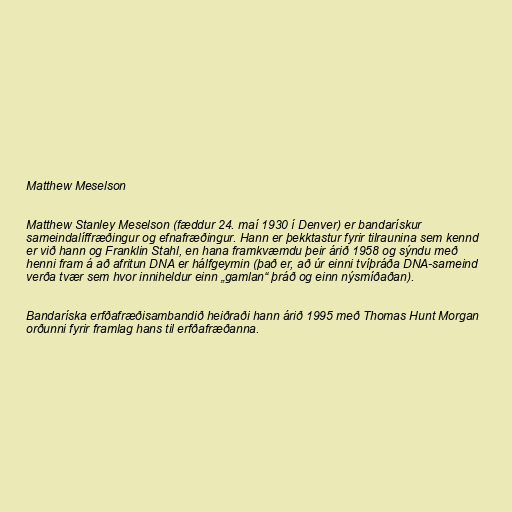
Matthew Meselson

Matthew Stanley Meselson (fæddur 24. maí 1930 í Denver) er bandarískur
sameindalíffræðingur og efnafræðingur. Hann er þekktastur fyrir tilraunina sem kennd
er við hann og Franklin Stahl, en hana framkvæmdu þeir árið 1958 og sýndu með
henni fram á að afritun DNA er hálfgeymin (það er, að úr einni tvíþráða DNA-sameind
verða tvær sem hvor inniheldur einn „gamlan“ þráð og einn nýsmíðaðan).

Bandaríska erfðafræðisambandið heiðraði hann árið 1995 með Thomas Hunt Morgan
orðunni fyrir framlag hans til erfðafræðanna.